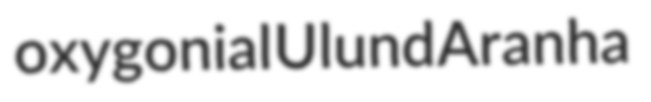
oxygonial Ulund Aranha